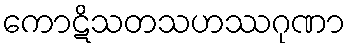
ကောဋိသတသဟဿဂုဏာ